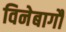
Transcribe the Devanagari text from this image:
विनेबागौ